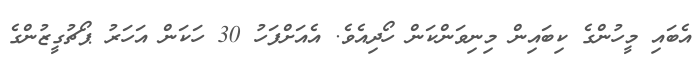
އެބައި މީހުންގެ ކިބައިން މިނިވަންކަން ހޯދިއެވެ. އެއަށްފަހު 30 ހަކަން އަހަރު ޕޯޗުގީޒުންގެ